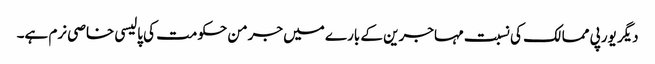
دیگر یورپی ممالک کی نسبت مہاجرین کے بارے میں جرمن حکومت کی پالیسی خاصی نرم ہے۔